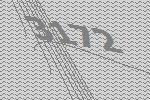
3172